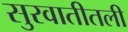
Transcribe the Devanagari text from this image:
सुरवातीतली